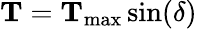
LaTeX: \mathbf{T}=\mathbf{T}_{\mathrm{max}}\sin(\delta)